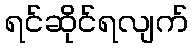
ရင်ဆိုင်ရလျက်